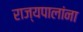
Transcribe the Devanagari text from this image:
राज्यपालांना